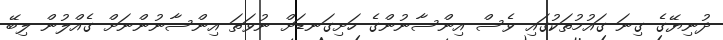
ދުނިޔޭގެ ގިނަ ގައުމުތަކުގައި ވެސް އިންސާނުންގެ ހަށިގަނޑަށް ނުވަތަ އިންސާނުންނަށް ގެއްލުން ލިބޭ